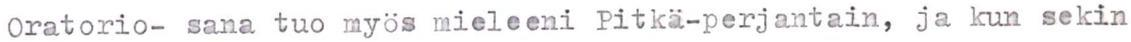
Oratorio- sana tuo myös mieleeni Pitkä-perjantain, ja kun sekin